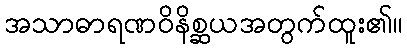
အသာဓာရဏဝိနိစ္ဆယအတွက်ထူး၏။